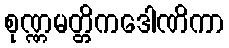
စုဏ္ဏမတ္တိကဒေါဏိကာ